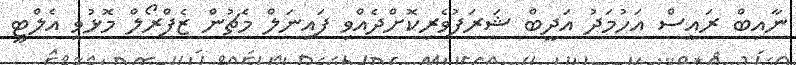
ނާއިބް ރައީސް އަހުމަދު އަދީބް ޝަރަފުވެރިކޮށްދެއްވި ފައިނަލް މެޗުން ޒެފްރޯލް މޮޅުވީ އެލްޓީ